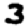
Digit: 3